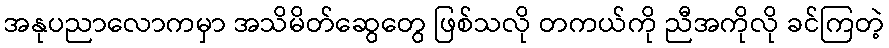
အနုပညာလောကမှာ အသိမိတ်ဆွေတွေ ဖြစ်သလို တကယ်ကို ညီအကိုလို ခင်ကြတဲ့